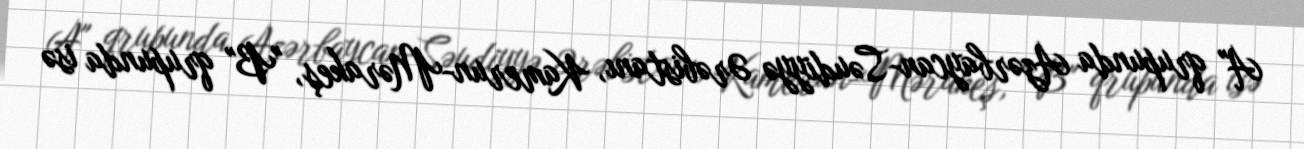
A" qrupunda Azərbaycan-Səudiyyə Ərəbistanı, Kamerun-Mərakeş, "B" qrupunda isə